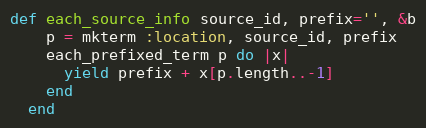
Language: Ruby
def each_source_info source_id, prefix='', &b
    p = mkterm :location, source_id, prefix
    each_prefixed_term p do |x|
      yield prefix + x[p.length..-1]
    end
  end